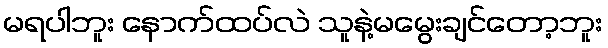
မရပါဘူး နောက်ထပ်လဲ သူနဲ့မမွေးချင်တော့ဘူး